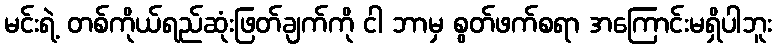
မင်းရဲ့ တစ်ကိုယ်ရည်ဆုံးဖြတ်ချက်ကို ငါ ဘာမှ စွတ်ဖက်စရာ အကြောင်းမရှိပါဘူး